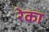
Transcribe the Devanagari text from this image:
रेका